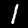
Digit: 1